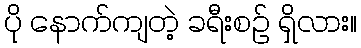
ပို နောက်ကျတဲ့ ခရီးစဉ် ရှိလား။